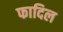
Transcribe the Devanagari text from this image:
फादिल